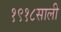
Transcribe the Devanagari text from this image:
१९१८साली